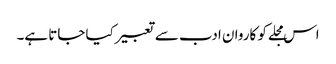
اس مجلے کو کاروان ادب سے تعبیر کیا جاتا ہے۔